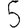
Digit: 5